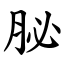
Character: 䏟